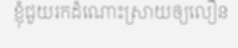
ខ្ញុំជួយរកដំណោះស្រាយឲ្យលឿន